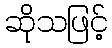
ဆိုသဖြင့်